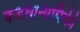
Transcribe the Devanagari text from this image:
कडधान्यांपैकी